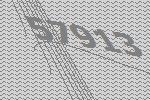
57913